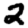
Digit: 2